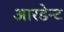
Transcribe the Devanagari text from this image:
आरडेन्ट